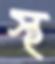
স্থ